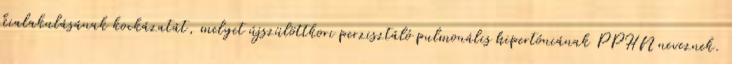
kialakulásának kockázatát, melyet újszülöttkori perzisztáló pulmonális hipertóniának PPHN neveznek.